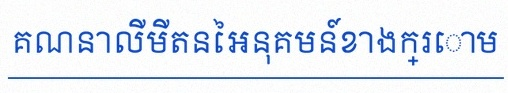
គណនាលីមីតនៃអនុគមន៍ខាងក្រោម